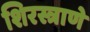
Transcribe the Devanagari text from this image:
शिरस्त्राणे